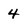
Character: 4